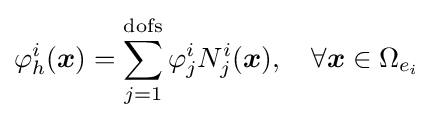
\varphi _{h}^{i}({\boldsymbol {x}})=\sum _{j=1}^{\text{dofs}}\varphi _{j}^{i}N_{j}^{i}({\boldsymbol {x}}),\quad \forall {\boldsymbol {x}}\in \Omega _{e_{i}}